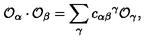
{ \cal O } _ { \alpha } \cdot { \cal O } _ { \beta } = \sum _ { \gamma } { c _ { \alpha \beta } } ^ { \gamma } { \cal O } _ { \gamma } ,